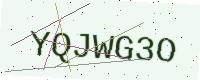
Text: YQJWG3O